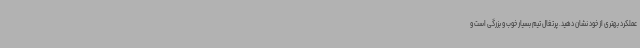
عملکرد بهتری از خود نشان دهید. پرتغال تیم بسیار خوب و بزرگی است و